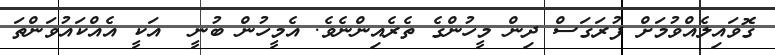
ގޮވައިިލެއްވުމަށް ފުރަގަސް ދިން މީހުންގެ ތެރެއިންނެވެ. އެމީހުން ބުނީ  އަކީ އެއްކައުވަންތަ